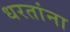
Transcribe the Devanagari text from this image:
धरतांना